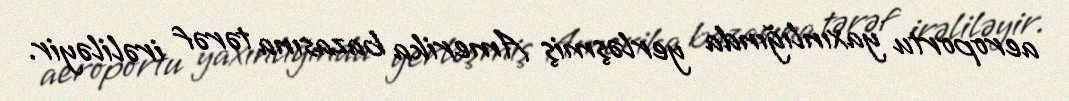
aeroportu yaxınlığında yerləşmiş Amerika bazasına tərəf irəliləyir.